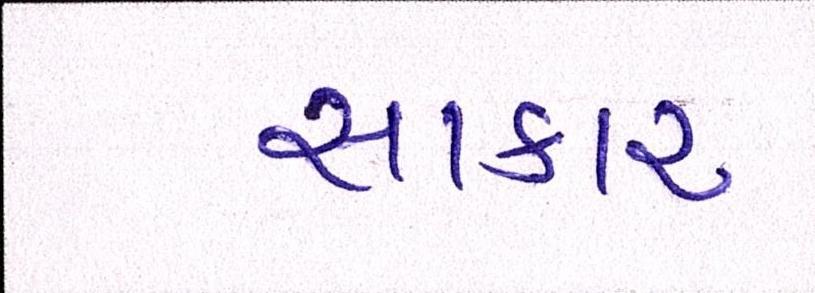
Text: સાકાર